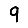
Digit: 9